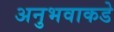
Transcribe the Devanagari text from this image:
अनुभवाकडे